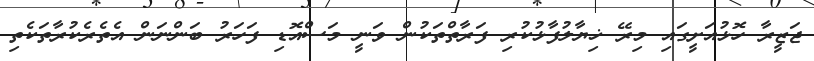
ޖަޒީރާ ހޮޅުއަށީގައި މިރޭ ޚިޔާލުފާޅުކުރި ފަރާތްތަކުން ވަނީ މަސްއޮޑި ފަހަރު ބަންނަން އެތެރެކުރާތަކެތި